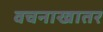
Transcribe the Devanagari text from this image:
वचनाखातर